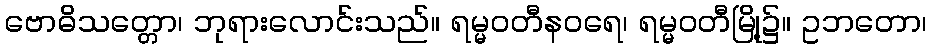
ဗောဓိသတ္တော၊ ဘုရားလောင်းသည်။ ရမ္မဝတီနဝရေ၊ ရမ္မဝတီမြို့၌။ ဥဘတော၊